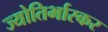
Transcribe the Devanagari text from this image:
ज्योतिर्भास्कर